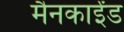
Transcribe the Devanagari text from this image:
मैनकाईंड